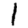
Digit: 1